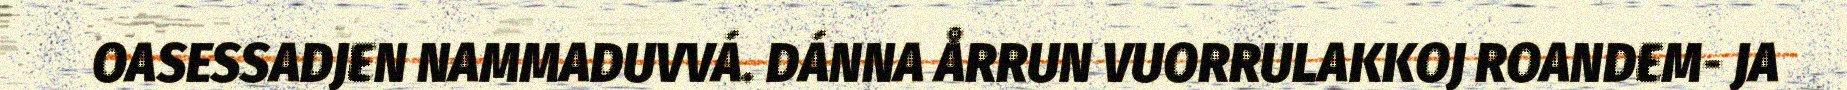
OASESSADJEN NAMMADUVVÁ. DÁNNA ÅRRUN VUORRULAKKOJ ROANDEM- JA